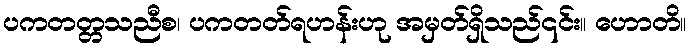
ပကတတ္တသညီစ၊ ပကတတ်ရဟန်းဟု အမှတ်ရှိသည်၎င်း။ ဟောတိ။